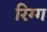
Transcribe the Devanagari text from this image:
रिग्ग